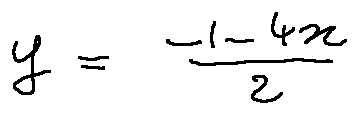
y = \frac { - 1 - 4 x } { 2 }